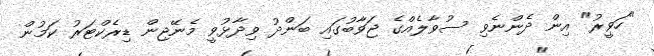
"ހަވީރު" އިން ދެންނެވި ސުވާލެއްގެ ޖަވާބުގައި ބަންދު ވިދާޅުވީ މެނޭޖިން ޑިރެކްޓަރު ކަމުން